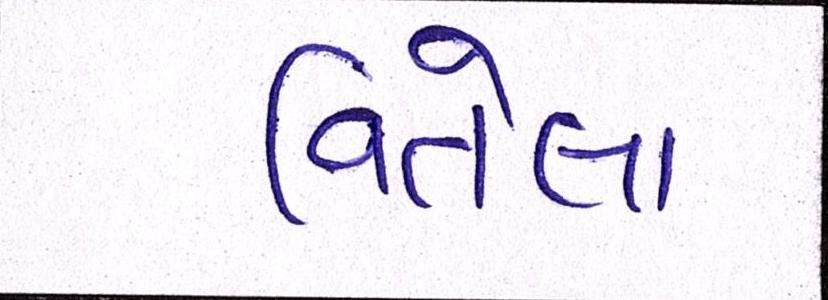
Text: વિતેલા